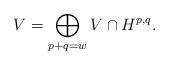
LaTeX: \begin{align*}V = \bigoplus_{p+q=w} V \cap H^{p,q}.\end{align*}